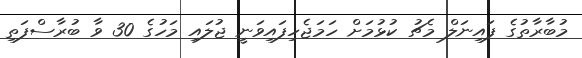
މުބާރާތުގެ ފައިނަލް މެޗު ކުޅުމަށް ހަމަޖެހިފައިވަނީ ޖުލައި މަހުގެ 30 ވާ ބުރާސްފަތި